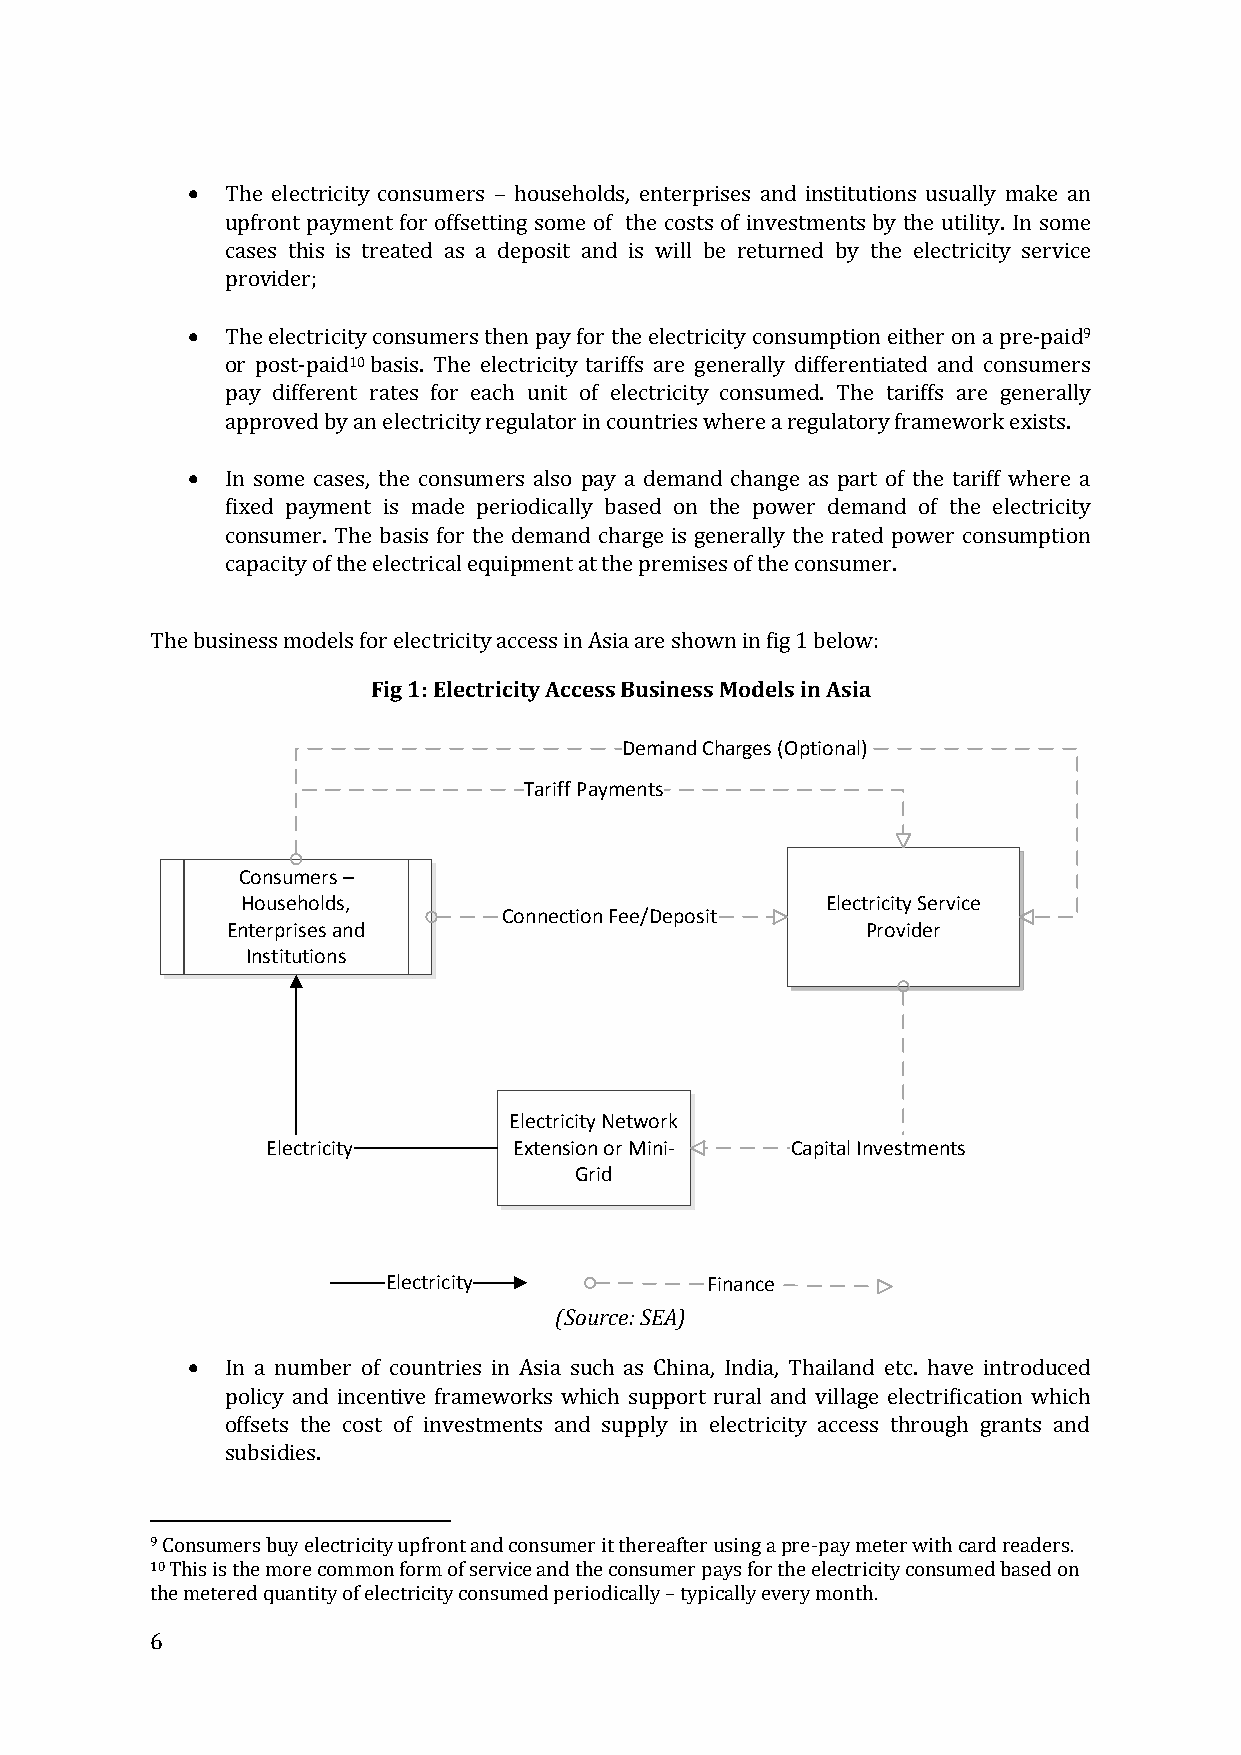
  The electricity consumers households, enterprises and institutions usually make an
 upfront payment for offsetting some of the costs of investments by the utility. In some
 cases this is treated as a –deposit and is will be returned by the electricity service
 provider;
   The electricity consumers then pay for the electricity consumption either on a pre-paid9
 or post-paid10 basis. The electricity tariffs are generally differentiated and consumers
 pay different rates for each unit of electricity consumed. The tariffs are generally
 approved by an electricity regulator in countries where a regulatory framework exists.
   In some cases, the consumers also pay a demand change as part of the tariff where a
 fixed payment is made periodically based on the power demand of the electricity
 consumer. The basis for the demand charge is generally the rated power consumption
 capacity of the electrical equipment at the premises of the consumer.
 The business models for electricity access in Asia are shown in fig 1 below:
 Fig 1: Electricity Access Business Models in Asia
 Demand Charges (Optional)
 Tariff Payments
 Consumers –
 Households,                            Electricity Service
 Connection Fee/Deposit
 Enterprises and                           Provider
 Institutions
 Electricity Network
 Electricity     Extension or Mini- Capital Investments
 Grid
 Electricity          Finance
 (Source: SEA)
   In a number of countries in Asia such as China, India, Thailand etc. have introduced
 policy and incentive frameworks which support rural and village electrification which
 offsets the cost of investments and supply in electricity access through grants and
 subsidies.
 9 Consumers buy electricity upfront and consumer it thereafter using a pre-pay meter with card readers.
 10 This is the more common form of service and the consumer pays for the electricity consumed based on
 the metered quantity of electricity consumed periodically typically every month.
 6                                 –